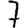
Digit: 7